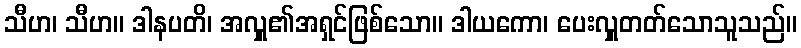
သီဟ၊ သီဟ။ ဒါနပတိ၊ အလှူ၏အရှင်ဖြစ်သော။ ဒါယကော၊ ပေးလှူတတ်သောသူသည်။